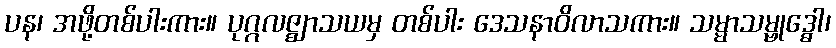
ပန၊ အဖို့တစ်ပါးကား။ ပုဂ္ဂလဇ္ဈာသယမှ တစ်ပါး ဒေသနာဝိလာသကား။ သမ္မာသမ္ဗုဒ္ဓေါ၊